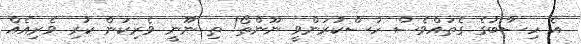
އެ ހިސާބުގެ ގެތައްވެސް ހުސްކުރަންވީ ނޫންތޯ! ތި ނޫނީ ވެރިކަން ކުރި ވެރިއެއް